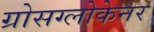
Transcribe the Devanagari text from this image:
ग्रोसग्लोकेनर